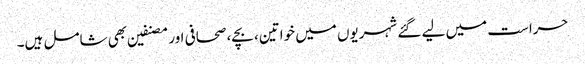
حراست میں لیے گئے شہریوں میں خواتین، بچے، صحافی اور مصنفین بھی شامل ہیں۔